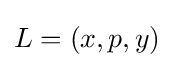
L=(x,p,y)